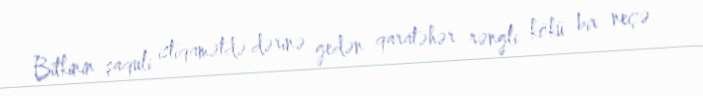
Bitkinin şaquli istiqamətdə dərinə gedən qaratəhər rəngli kökü bir neçə